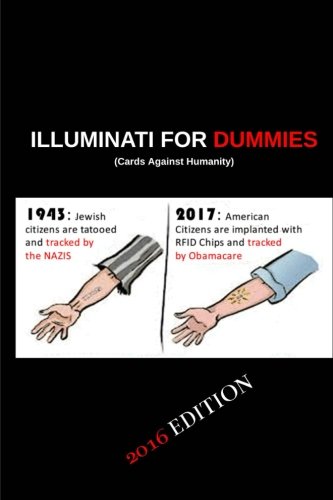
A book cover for Illuminati for Dummies: Cards Against Humanity: What you need to know; Brett Salisbury; Biographies & Memoirs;